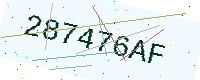
Text: 287476AF